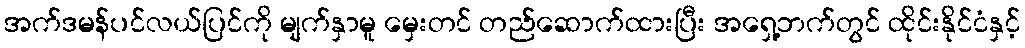
အက်ဒမန်ပင်လယ်ပြင်ကို မျက်နှာမူ မှေးတင် တည်ဆောက်ထားပြီး အရှေ့ဘက်တွင် ထိုင်းနိုင်ငံနှင့်